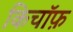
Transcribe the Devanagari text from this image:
किचॉफ़